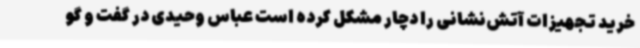
خرید تجهیزات آتش‌نشانی را دچار مشکل کرده است عباس وحیدی در گفت و گو